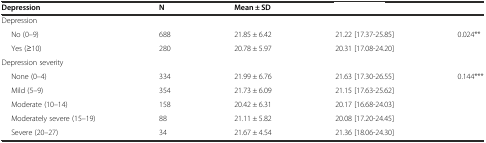
<table><thead><tr><td><b>Depression</b></td><td><b>N</b></td><td><b>Mean ± SD</b></td><td>[EMPTY_CELL]</td><td>[EMPTY_CELL]</td></tr></thead><tbody><tr><td>Depression</td><td>[EMPTY_CELL]</td><td>[EMPTY_CELL]</td><td>[EMPTY_CELL]</td><td>[EMPTY_CELL]</td></tr><tr><td>No (0–9)</td><td>688</td><td>21.85 ± 6.42</td><td>21.22 [17.37-25.85]</td><td rowspan="2">0.024**</td></tr><tr><td>Yes (≥10)</td><td>280</td><td>20.78 ± 5.97</td><td>20.31 [17.08-24.20]</td></tr><tr><td>Depression severity</td><td>[EMPTY_CELL]</td><td>[EMPTY_CELL]</td><td>[EMPTY_CELL]</td><td>[EMPTY_CELL]</td></tr><tr><td>None (0–4)</td><td>334</td><td>21.99 ± 6.76</td><td>21.63 [17.30-26.55]</td><td rowspan="5">0.144***</td></tr><tr><td>Mild (5–9)</td><td>354</td><td>21.73 ± 6.09</td><td>21.15 [17.63-25.62]</td></tr><tr><td>Moderate (10–14)</td><td>158</td><td>20.42 ± 6.31</td><td>20.17 [16.68-24.03]</td></tr><tr><td>Moderately severe (15–19)</td><td>88</td><td>21.11 ± 5.82</td><td>20.08 [17.20-24.45]</td></tr><tr><td>Severe (20–27)</td><td>34</td><td>21.67 ± 4.54</td><td>21.36 [18.06-24.30]</td></tr></tbody></table>